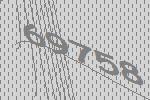
69758